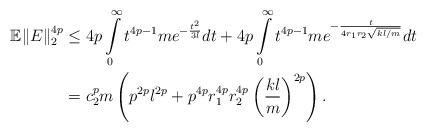
LaTeX: \begin{align*}\mathbb{E} \|E\|_2^{4p} &\leq 4p \int\limits_0^{\infty} t^{4p-1}me^{-\frac{t^2}{3l}}dt+4p \int\limits_0^{\infty} t^{4p-1}me^{-\frac{t}{4r_1r_2\sqrt{kl/m}}}dt \\&= c_2^pm\left(p^{2p} l^{2p}+p^{4p}r_1^{4p}r_2^{4p}\left( \frac{kl}{m}\right)^{2p}\right).\end{align*}